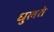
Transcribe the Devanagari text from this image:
धुलते